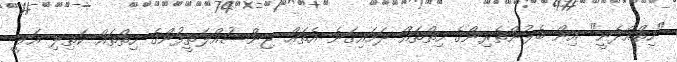
"ހިތްއެދެނީ" އިން ބެލުންތެރިންގެ ހިތްތައް ދަމައިގަނެ އެތައް ޖިންސުއްލަތީފުންގެ ހިތްތައް ކަތިލި އަލީ